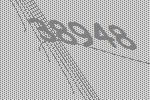
38948